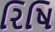
રિષિ